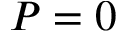
P = 0